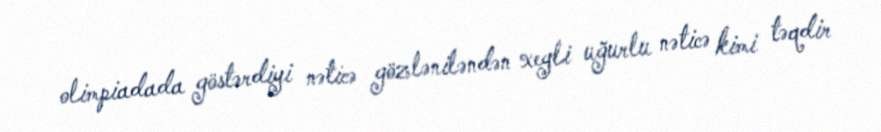
olimpiadada göstərdiyi nəticə gözləniləndən xeyli uğurlu nəticə kimi təqdir